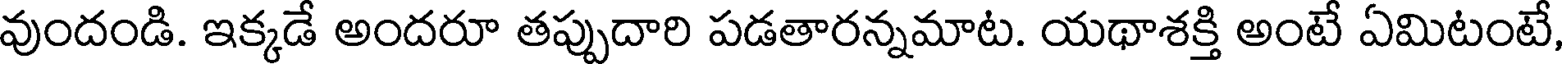
వుందండి. ఇక్కడే అందరూ తప్పుదారి పడతారన్నమాట. యథాశక్తి అంటే ఏమిటంటే